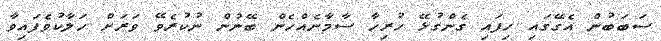
ސަބަބުން އެގޭގައި ހިފައި ގެންގުޅޭ ހުރިހާ ސާމާނެއްހެން ބޭނުން ނުކުރެވޭ ވަރަށް ހަލާކުވެފައިވާ